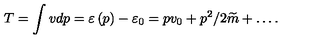
T = \int v d p = \varepsilon \left( p \right) - \varepsilon _ { 0 } = p v _ { 0 } + p ^ { 2 } / 2 \widetilde { m } + \ldots .